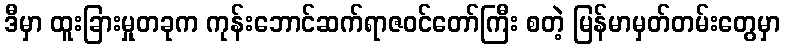
ဒီမှာ ထူးခြားမှုတခုက ကုန်းဘောင်ဆက်ရာဇဝင်တော်ကြီး စတဲ့ မြန်မာမှတ်တမ်းတွေမှာ